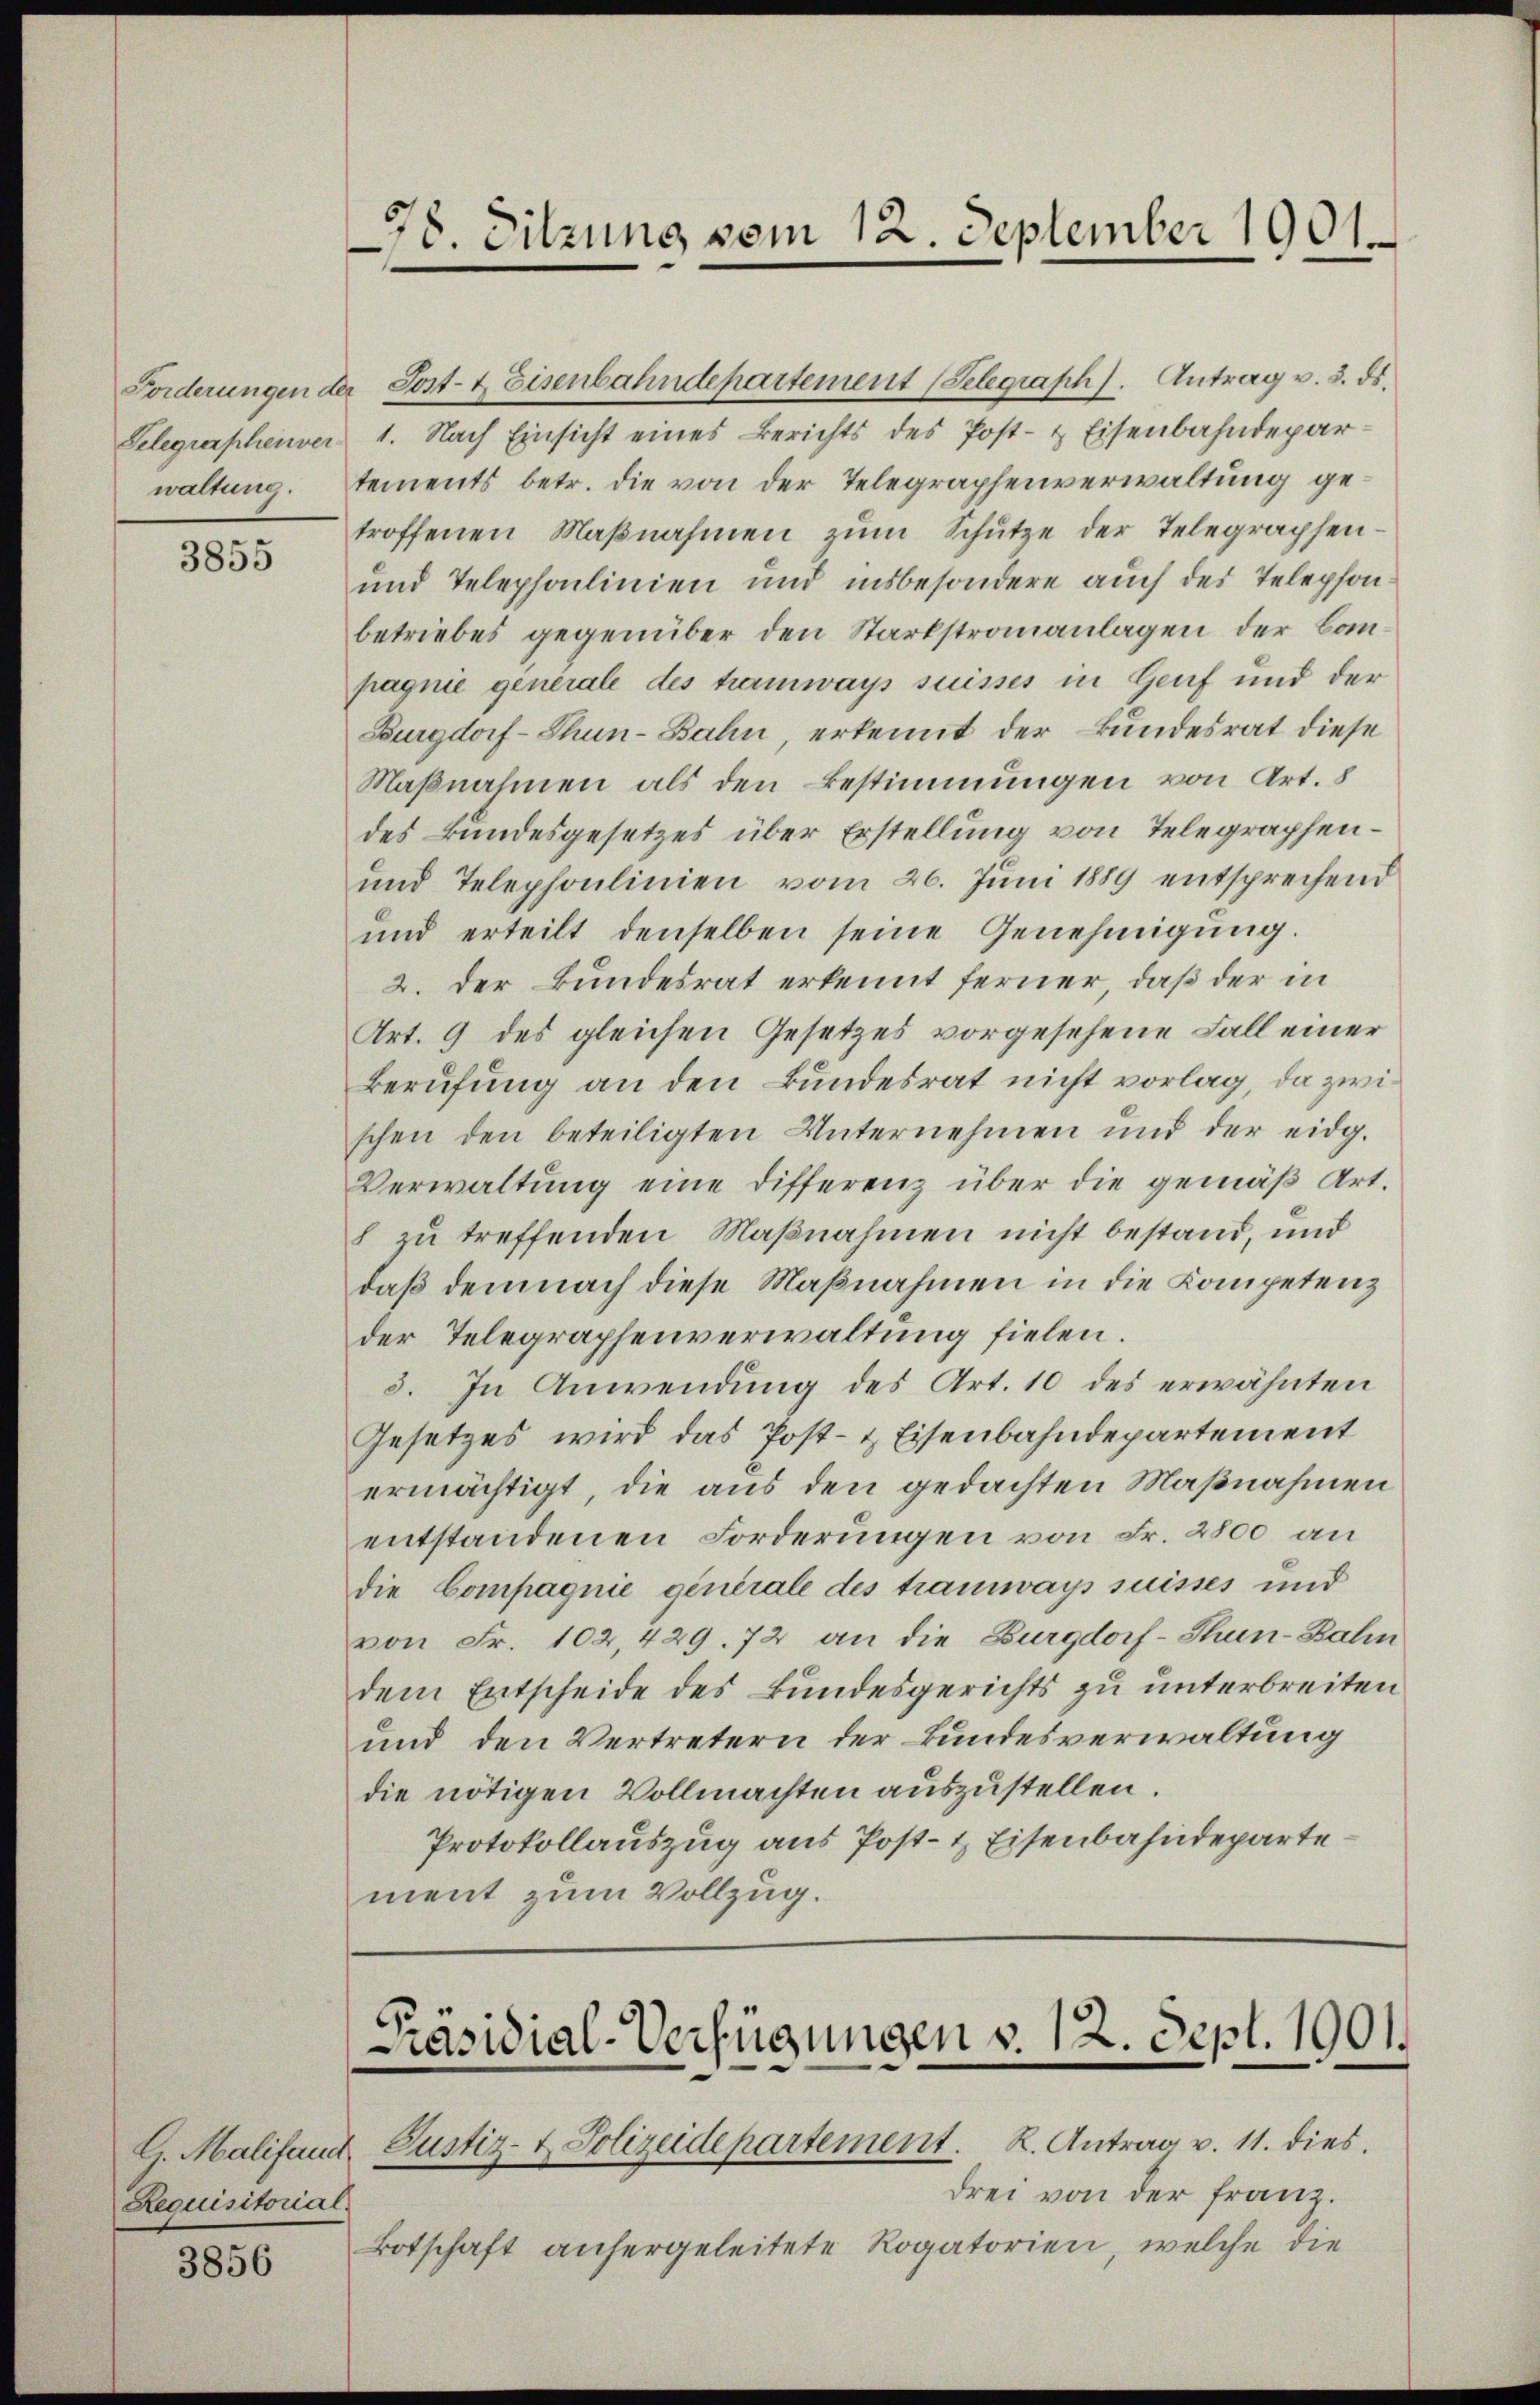
Selegraphenver

3855

Requisitorial.

3856

78. Sitzung vom 12. September 1901.

Forderungen der Post- & Eisenbahndepartement (Selegraph). Antrag v. 3. ds.
1. Nach Einsicht eines Berichts des Post- & Eisenbahndeparwaltung. Sements betr. die von der Telegraphenverwaltung getroffenen Maβnahmen zŭm Schütze der Telegraphen¬
und Telephonlinien und insbesondere auch des Telephon
betriebes gegenüber den Starkstromanlagen der Baupagnie generale des hamways suisses in Genf und der
Burgdorf-Thun-Bahn, erkennt der Bundesrat diese
Maßnahmen als den Bestimmungen von Art. 8
des Bundesgesetzes über Erstellung von Telegraphen¬
und Telephonlinien vom 26. Juni 1889 entsprechend
und erteilt denselben seine Genehmigung.
2. Der Bundesrat erkennt ferner, daß der in
Art. 9 des gleichen Gesetzes vorgesehene Fall einer
Berufung an den Bundesrat nicht vorlag, da zwischen den beteiligten Unternehmen und der eidg.
Verwaltŭng eine differenz über die gemäβ Art.
h zu treffenden Maßnahmen nicht bestand, und
daß demnach diese Maßnahmen in die Kompetenz
der Telegraphenverwaltung fielen.
3. In Anwendung des Art. 10 des erwähnten
Gesetzes wird das Post- & Eisenbahndepartement
ermächtigt, die aus den gedachten Maßnahmen
entstandenen Forderungen von Fr. 2800 an
die Compagnie generale des tramways suisses und
von Fr. 102,429. 72 an die Burgdorf-Thun-Bahn
dem Entscheide des Bundesgerichts zu unterbreiten
und den Vertretern der Bundesverwaltung
die nötigen Vollmachten auszustellen.
Protokollauszug aus Post- & Eisenbahndeparte
ment zum Vollzug.

Präsidial-Verfügungen v. 12. Sept. 1901.
G. Malifand Justiz- & Polizeidepartement. K. Antrag v. 11. dies

drei von der Franz.
Botschaft anhergeleitete Rogatorien, welche die